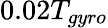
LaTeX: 0.02T_{gyro}